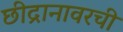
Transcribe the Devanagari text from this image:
छीद्रानावरची